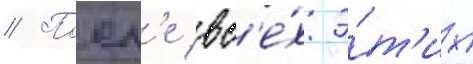
// Посл'е вс'е́х э́т'их